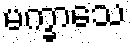
မက္ခာသေ